Vital statistics of India. Vol. VI, European troops 1870-79
Year: 1870
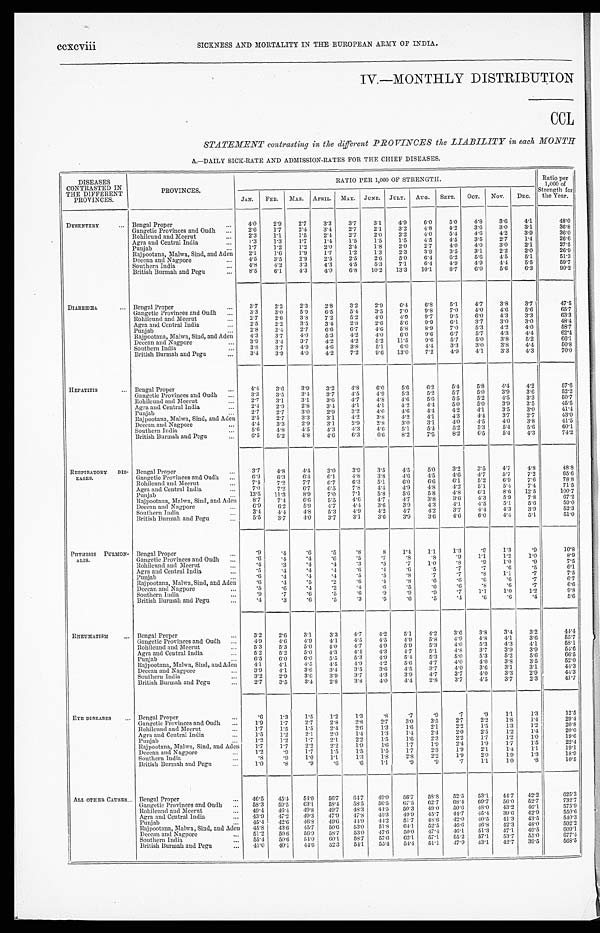
ccxcviii
SICKNESS AND MORTALITY IN THE EUROPEAN ARMY OF INDIA.
IV.—MONTHLY DISTRIBUTION
CCL
STATEMENT contrasting in the different PROVINCES the LIABILITY in each MONTH
A.—DAILY SICK-RATE AND ADMISSION-RATES FOR THE CHIEF DISEASES.
DISEASES
CONTRASTED IN
THE DIFFERENT
PROVINCES.
PROVINCES.
RATIO PER 1,000 OF STRENGTH.
Ratio per
1,000 of
Strength for
the Year.
JAN. FEB. MAR. APRIL. MAY. JUNE. JULY. AUG. SEPT. OCT.
NOV. DEC.
DYSENTERY
...
Bengal Proper
...
4.0
2.9
2.7
3.3
3.7
3.1
4.9
6.0
5.0
4.8
3.6
4.1
48.0
Gangetic Provinces and Oudh ...
2.6
1.7
2.4
3.4
2.7
2.1
3.2
4.8
4.2
3.6
3.0
3.1
36.8
Rohilcund and Meerut
...
2.3
1.1
1.5
2.4
2.7
2.0
2.2
4.0
5.4
4.6
4.2
3.9
36.0
Agra and Central India
...
1 . 3 1.3
1.7
1.4
1.5
1.5
1.5
4.5
4.5
3.5
2.7
1.4
26.6
Punjab
...
1.7
1.2
1.2
2.0
2.4
1.8
2.0
2.7
4.0
4.0
3.0
2.1
27.5
Rajpootana, Malwa, Sind, and Aden
2.1
1.6
1.9
1.7
1.2
1.3
2.3
3.9
3.5
3.1
2.2
2.0
26.9
Deccan and Nagpore
...
4 . 5 3.5
2.9
2.5
2.5
2.6
5.0
6.4
6.2
5.6
4.5
5.1
51.3
Southern India
...
4.8
4.2
3.3
4.3
4.5
5.3
7.1
6.4
4.9
4.9
4.4
5.5
59.7
British Burmah and Pegu
...
8 . 5 6.1
4.3
4.0
6.8 10.2 13.3
10.1
8.7
6.0
5.6
6.3
90.2
DIARRHŒA
...
Bengal Proper
. . .
3 . 7
2.2
2.3
2.8
3.2
2.9
6.4
6.8
5.1
4.7
3.8
3.7
47.5
Gangetic Provinces and Oudh ...
3.3
3.0
5.9
6.5
5.4
3.5
7.0
9.8
7.0
4 . 0 4.6
5.6
65.7
Rohilcund and Meerut
...
2.7
2.6
3.8
7.2
5.2
4.0
4.9
9.7
9.5
6.0
4.3
3.3
63.3
Agra and Central India
...
2 . 5 2.2
3.5
3.4
2.8
2.6
5.6
9.9
6.1
3.7
3.0
3.0
48.4
Punjab
...
2.8
2.4
2.7
6.6
6.7
4.6
5.8
8.9
7.0
5.3
4.2
4.0
58.7
Rajpootana, Malwa, Sind, and Aden
4.3
3.7
4.0
5.3
4.2
4 . 0
6 . 0
9.6
6.7
5.7
4.3
4.4
62.4
Deccan and Nagpore
...
3.9
3.4
3.7
4.2
4.2
5.2 11.5
9.6
5.7
5.0
3.8
5.2
66.1
Southern India
...
3 . 8 3.7
4.9
4.6
3.8
5.1
6.0
4.4
3.3
3.0
3.8
4.4
50.8
British Burmah and Pegu
. .
3 . 4 3.9
4.0
4.2
7.2
9.6 13.0
7.2
4.9
4.1
3.3
4.3
70.0
HEPATITIS
...
Bengal Proper
...
4.4
3.6
3.9
3.2
4.8
6.0
5.6
6.2
5.4
5.8
4.4
4.2
57.6
Gangetic Provinces and Oudh ...
3.3
3.5
3.4
3.7
4.5
4.9
5.3
5.2
5.7
5.0
3.9
3.6
52.2
Rohilcund and Meerut
...
2.7
3.1
3.1
3.6
4.7
4.8
4.6
5.6
5.5
5.2
4.5
3.3
50.7
Agra and Central India
. . . 2.4
2.9
2.8
3.4
4.1
4.1
4.2
4.4
5.0
5.0
3.9
3.5
45.5
Punjab
...
2.7
2.7
3.0
2.9
3.2
4 . 0 4.6
4.4
4.2
4.1
3.5
3.0
41.4
Rajpootana, Malwa, Sind, and Aden
2.5
2.7
3.3
3.1
4.2
3.8
4.2
4.1
4.3
4.4
3.7
2.7
43.0
Deccan and Nagpore
...
4 . 4 3.3
2.9
3.1
2.9
2.8
3.0
3.1
4 . 0
4.5
4 . 0
3.8
41.5
Southern India
...
5.6
4.8
4.5
4.3 4.3
4.6
5.1
5.4
5.2
5.3
5.4
5.6
60.1
British Burmah and Pegu
. . .
6.5
5.2
4.8
4.6
6.3
6.6
8.2
7.5
8.2
6.5
5.4
4.3
74.2
RESPIRATORY DIS-
EASES.
Bengal Proper
...
3 . 7
4.8
4.4
3.0
3.9
3.5
4.5
5.0
3.2
3.5
4.7
4.8
48.8
Gangetic Provinces and Oudh ...
6.9
6.3
6.4
6.1
4.8
3 . 8
4.6
4.5
4.6
4.7
5.7
7.2
65.6
Rohilcund and Meerut
...
7.4
7.2
7.7
6.7
6.3
5.1
6.0
6.6
6.1
5.2
6.9
7.6
78.8
Agra and Central India
...
7 . 0 7.2
6.7
6.5
7.8
4.4
4.9
4.8
4.2
5.1
5.4
7.4
71.5
Punjab
...
13.5 11.3
8.9
7.0
7.1
5.8
5.6
5.8
4.8
6.1
8.6 12.5
100.7
Rajpootana, Malwa, Sind, and Aden
8.7
7.4
6 . 6
5.5
4.6
4.7
4.7
3.8
3.6
4.3
5.9
7.8
67.2
Deccan and Nagpore
...
6.9
6.2
5.9
4.7
4 . 4 3.6
3.9
4.3
4.1
4.5
5.1
5.6
59.0
Southern India
...
3.4
4.4
4.8
5.3
4.9 4.2
4.7
4.2
3.7
4.4
4.3
3.9
52.3
British Burmah and Pegu
...
5 . 5 3.7
4.0
3.7
3.1
3.6
3.9
3.6
4.6
6.0
4.4
5.1
51.0
PHTHISIS PULMON-
ALIS.
Bengal Proper
...
.9
.4
.6
.5
.8
8
1.4
1.1
1.3
.9
1.3
.9
10.8
Gangetic Provinces and Oudh ...
.6
. 4
.4
. 6
.5
.7
.8
.8
.9
1.1
1.2
1.0
8.9
Rohilcund and Meerut
...
. 4
.3
.4
.4
.3
.5
.7
1.0
.8
.9
1.0
.9
7.5
Agra and Central India
...
.5
. 4
.4
. 4
. 6
.4
.6
.5
.7
.7
.6
.5
6.1
Punjab
...
.6
. 4
. 4
.4
.5
.5
.8
.7
.7
. 8
1.1
.7
7.5
Rajpootana, Malwa, Sind, and Aden
. 6
. 4
.5
.2
. 6
.4
.8
.6
.6
.6
.6
.7
6. 7
Deccan and Nagpore
...
. 5
.6
.4
.2
.4
.6
.5
.6
.6
.8
.6
.7
6.6
Southern India
...
. 9
.7
.6
.5
. 6
.9
.9
.9
.7
1.1
1.0
1.2
9.8
British Burmah and Pegu
...
. 4
.3
.6
.5
.3
.5
.6
.5
.4
.6
.6
.4
5. 6
RHEUMATISM
...
Bengal Proper
. . .
3.2
2.6
3.1
3.3
4.7
4.2
5.1
4.2
3.6
3.8
3.4
3.2
44.4
Gangetic Provinces and Oudh
. . . 4.9
4.6
4.9
4.1
4.5
4.5
4.9
5.8
4.9
4.8
4.1
3.6
55.7
Rohilcund and Meerut
. . . 5.3
5.3
5.0
4.0
4.7
4.9
5.9
5.3
4.0
5.3
4.3
4.1
58.1
Agra and Central India
...
5 . 2 5.2
5.0
4.3
4.4
4.3
4.7
5.1
4.8
3.7
3 . 9
3.9
54.6
Punjab
...
6.5
6.0
6.0
5.5
5.3
4.9
5.4
5.3
5.0
5.3
5.2
5.6
66.5
Rajpootana, Malwa, Sind, and Aden
4.1
4.1
4.5
4.5
4.9
4.2
5.6
4.7
4.0
4.0
3.8
3.5
52.0
Deccan and Nagpore
...
3.9
4.1
3.6
3.4
3.5
3.6
4.5
3.7
4 . 0 3.6
3.1
3.1
44.3
Southern India
...
3.2
2.9
3.6
3.9
3.7
4.3
3.9
4.7
3.7
4.0
3.3
2.9
44.3
British Burmah and Pegu
. . .
2.7
3.5
3.4
2.8
3.8
4.0
4.4
2.8
3.7
4.5
3.7
2.3
41.7
EYE DISEASES
...
Bengal Proper
...
. 6
1.3
1.5
1.2
1.3
.8
.7
.9
.7
.9
1.1
1.3
12.5
Gangetic Provinces and Oudh ...
1.9
1.7
2.7
2.8
2.8
2.7
3.0
3.5
2.7
2 . 2
1.8
1.4
29.4
Rohilcund and Meerut
...
1.7
1.5
1.5
2.4
2.6
1.3
1.6
2.1
2.2
1.5
1.3
1 . 2
20.8
Agra and Central India
Punjab
... . . .
1.5
1.2
1.2
1.2
2.1
1.7
2.0
2.1
1.4
2.2
1.3
1.5
1.4
1.6
2.4
2.3
2 . 0
2.2
2 . 5
1.7
1 . 2
1.2
1 . 4
1.0
2 0 . 0
19.6
Rajpootana, Malwa, Sind, and Aden
1.7
1.7
2.2
2.2
1.9
1.6
1.7
1.9
2.4
1.9
1.7
1.5
22.4
Deccan and Nagpore
. . . 1.2
.9
1.7
1.5
1.5
1.5
1.7
2.3
1.9
2.1
1.4
1.1
19.1
Southern India
...
.8
. 9
1 . 0
1.1
1.3
1.8
2.8
2.2
1.9
2.0
1.9
1.3
18.9
British Burmah and Pegu
. . . 1.0
. 8
.9
.6
. 6
1.1
.9
.9
.7
1.1
1.0
.8
10.5
ALL OTHER CAUSES
...
Bengal Proper
...
46.5
45.4 54.0
56.7 64.7 49.0
56.7 58.8 52.5 53.1 44.7 42.2
625.3
Gangetic Provinces and Oudh
. . . 58.3
59.5 63.1
58.4 58.5 56.5 67.5 62.7 68.4 69.7 56.0 52.7
732.7
Rohilcund and Meerut
...
49.4
46.4 49.8 49.7 48.3 44.5 50.3 49.0 50.6 48.0 43.2 46.1
575.9
Agra and Central India
... 43.9
47.2 49.3 47.9 47.8 45.3 49.9 45.7 44.7 45.4 39.6 42.9
550.6
Punjab
...
45.4 42.6 46.8 49.6 44.9 44.2
51.7
48.6 42.0 40.5 41.3 43.5
540.3
Rajpootana, Malwa, Sind, and Aden 45.8
43.6 45.7 50.6 53.0 51.8
64.1 52.5 46.6 46.8 42.3 48.0
592.2
Deccan and Nagpore
...
51.2
50.6 56.9 58.7 53.0 47.6 50.0 47.4 46.1 51.3 47.1
49.5
609.1
Southern India
...
55.4
50.6 54.0 60.1 58.7
57.6 62.1 57.1
55.2 57.1
53.7 55.0
677.4
British Burmah and Pegu
...
4 1 . 0 40.1 44.6 52.3 54.1 55.4 54.4 51.1
47.9 43.1
42.7 39.5
568.5